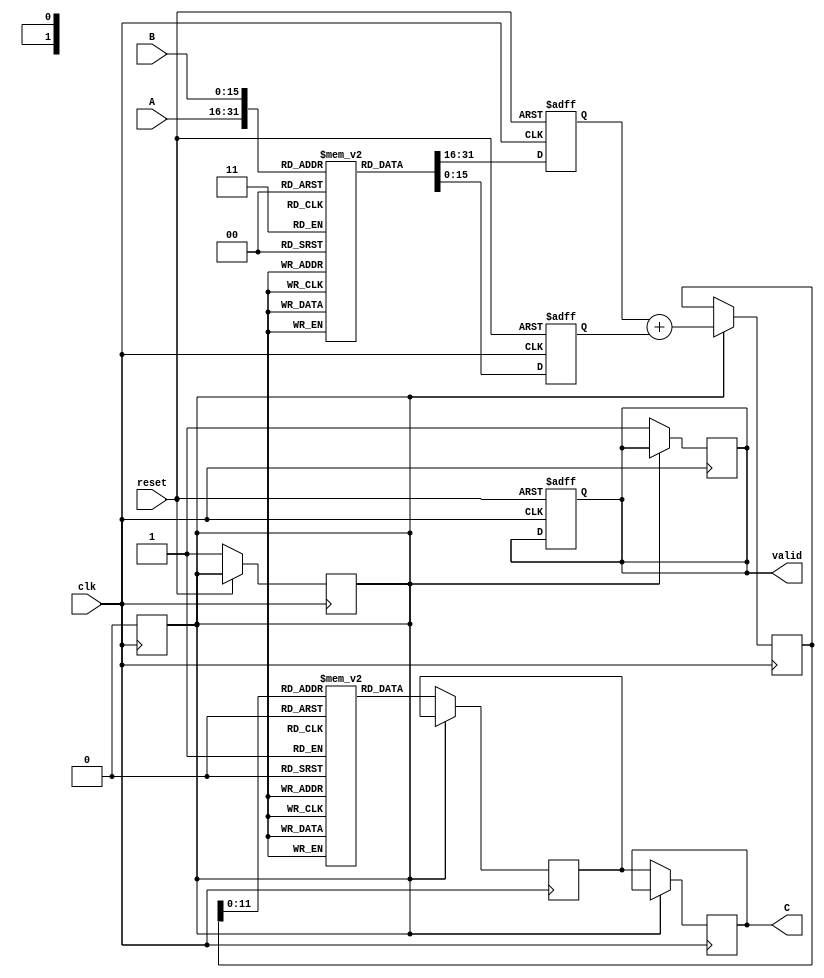
module log_multiplier (
    input wire clk,
    input wire reset,
    input wire [15:0] A,  // Operand A
    input wire [15:0] B,  // Operand B
    output reg [31:0] C,   // Result C = A * B
    output reg valid       // Output valid signal
);

    // Internal signals
    reg [15:0] logA, logB, logSum;
    reg [31:0] expResult;
    reg state;

    // Logarithmic lookup table for 16-bit input (example values)
    reg [15:0] logLUT [0:65535]; // For simplicity, using a 16-bit LUT
    initial begin
        // Populate the logLUT with logarithmic values for demonstration
        // This needs to be filled with actual logarithmic values
        // logLUT[i] = log(i) for i in range
    end

    // Exponential lookup table
    reg [31:0] expLUT [0:4095]; // For simplicity, using a 12-bit LUT
    initial begin
        // Populate the expLUT with exponential values for demonstration
        // expLUT[i] = exp(i) for i in range
    end

    // Logarithmic Conversion
    always @(posedge clk or posedge reset) begin
        if (reset) begin
            logA <= 0;
            logB <= 0;
            valid <= 0;
        end else begin
            logA <= logLUT[A]; // Convert A to log(A)
            logB <= logLUT[B]; // Convert B to log(B)
            state <= 1; // Move to addition state
        end
    end

    // Addition Block
    always @(posedge clk) begin
        if (state) begin
            logSum <= logA + logB; // log(A) + log(B)
            state <= 0; // Move to exponential conversion
        end
    end

    // Exponential Conversion
    always @(posedge clk) begin
        if (!state) begin
            expResult <= expLUT[logSum[11:0]]; // Convert back to linear
            C <= expResult;
            valid <= 1; // Indicate that the output is valid
        end
    end

endmodule